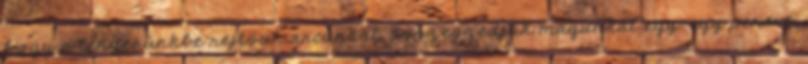
hogy a tenyerünkbe rejtsük arcunkat, összeszedjük magunkat egy-egy percre,